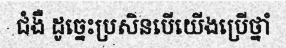
ជំងឺ ដូច្នេះប្រសិនបើយើងប្រើថ្នាំ